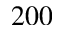
2 0 0